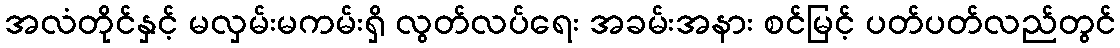
အလံတိုင်နှင့် မလှမ်းမကမ်းရှိ လွတ်လပ်ရေး အခမ်းအနား စင်မြင့် ပတ်ပတ်လည်တွင်